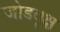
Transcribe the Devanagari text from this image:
जोडवृक्ष